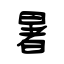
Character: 暑